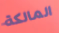
المالكة